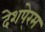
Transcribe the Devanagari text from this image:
देशपे्रम